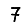
Digit: 7